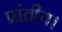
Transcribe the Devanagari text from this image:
प्रांतीय।